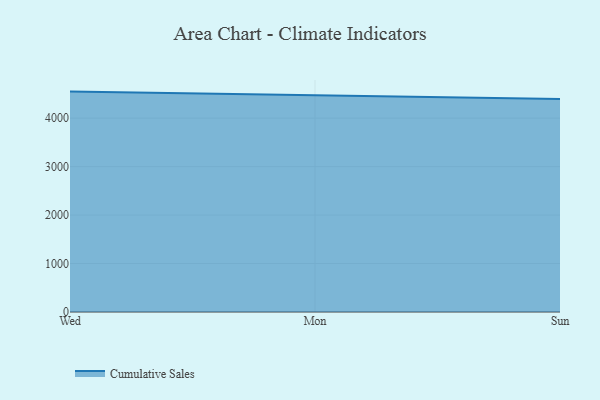
{"axis": {"x": "Day", "y": "Latency (ms)"}, "legend": ["Cumulative Sales"], "data": [{"x": "Wed", "y": 4547.9, "type": "Cumulative Sales"}, {"x": "Mon", "y": 4475.9, "type": "Cumulative Sales"}, {"x": "Sun", "y": 4396.0, "type": "Cumulative Sales"}]}